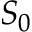
S _ { 0 }